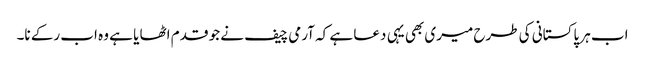
اب ہر پاکستانی کی طرح میری بھی یہی دعا ہے کہ آرمی چیف نے جو قدم اٹھا یا ہے وہ اب رکے نا۔